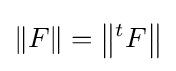
\|F\|=\left\|{}^{t}F\right\|